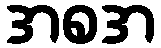
အစအ